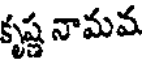
కృష్ణ నామవ